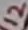
Text: 12